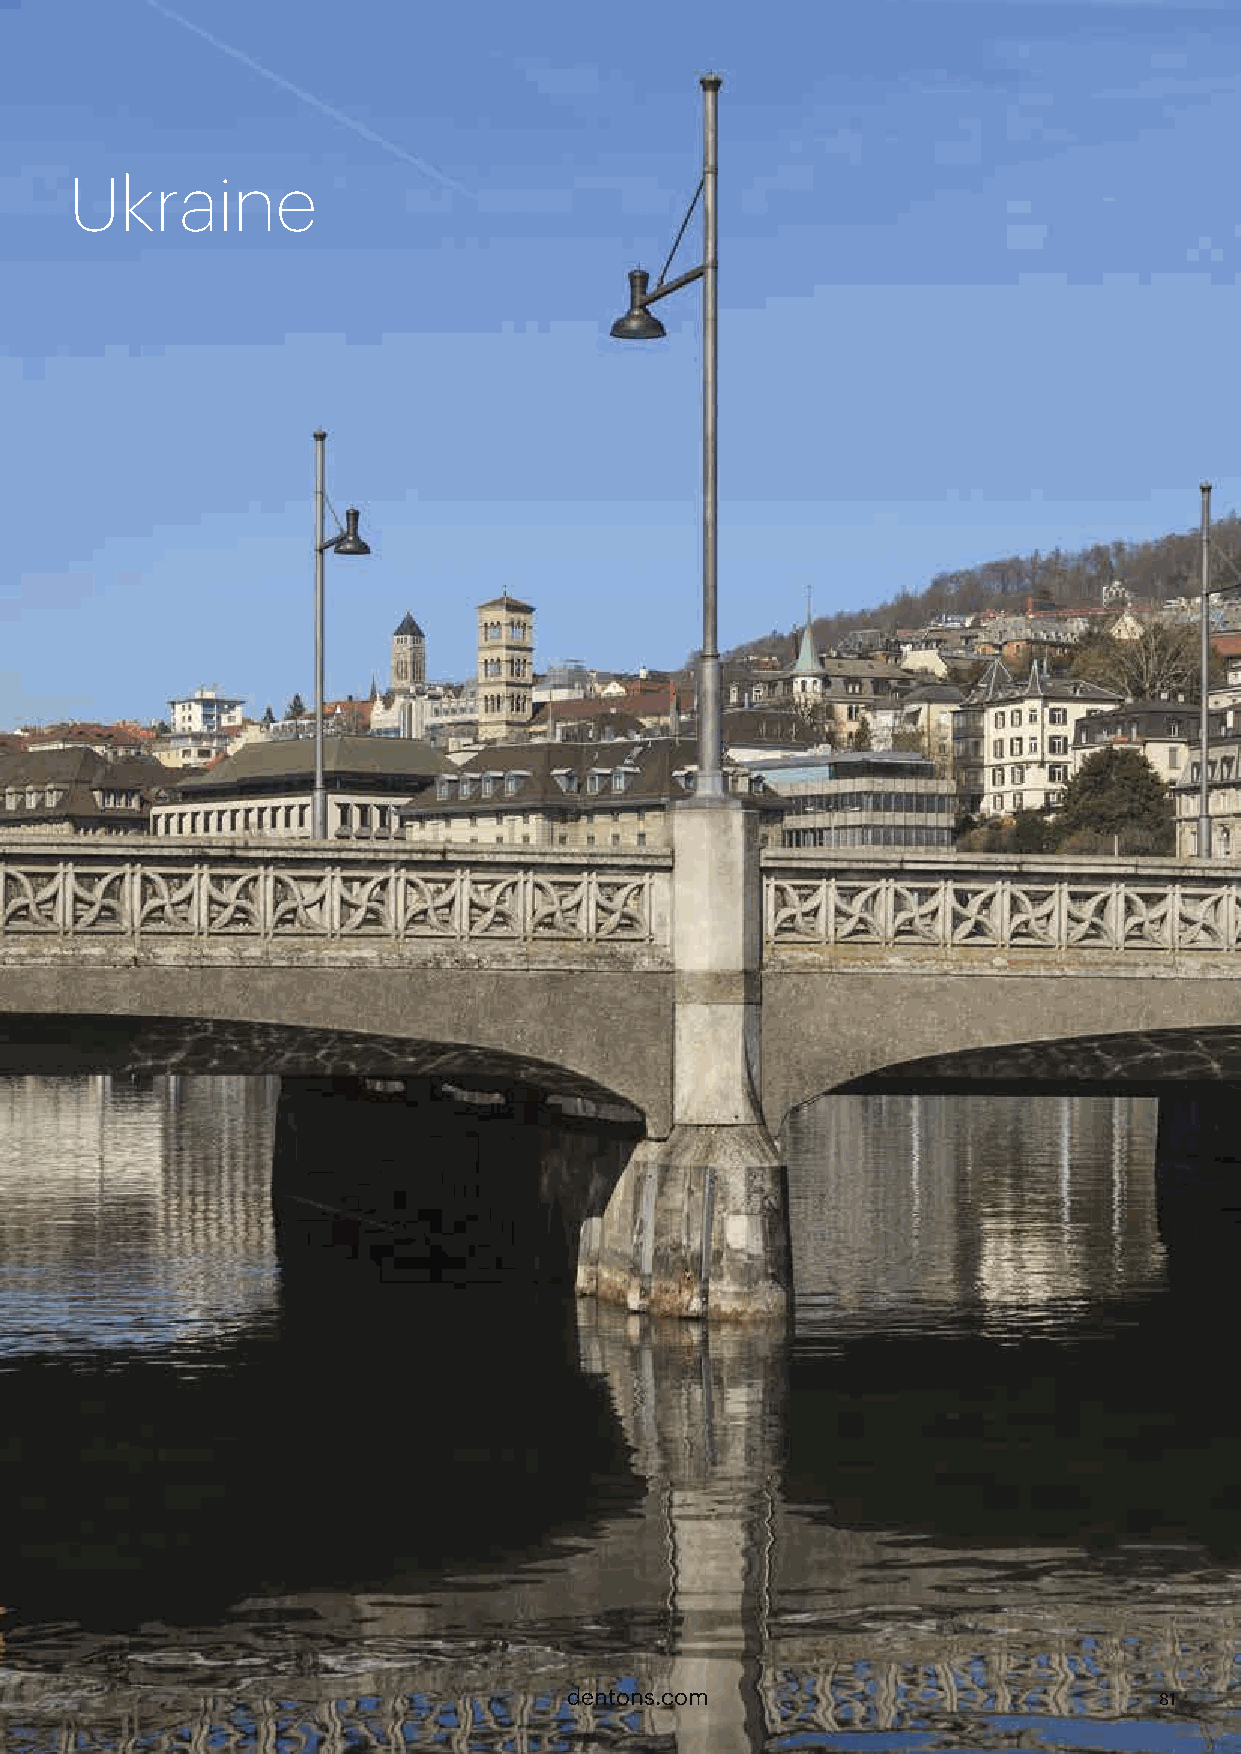
Ukraine
 dentons.com                            81